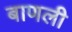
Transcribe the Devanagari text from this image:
बाणली